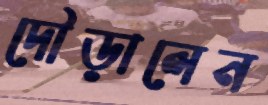
দৌড়ালেন